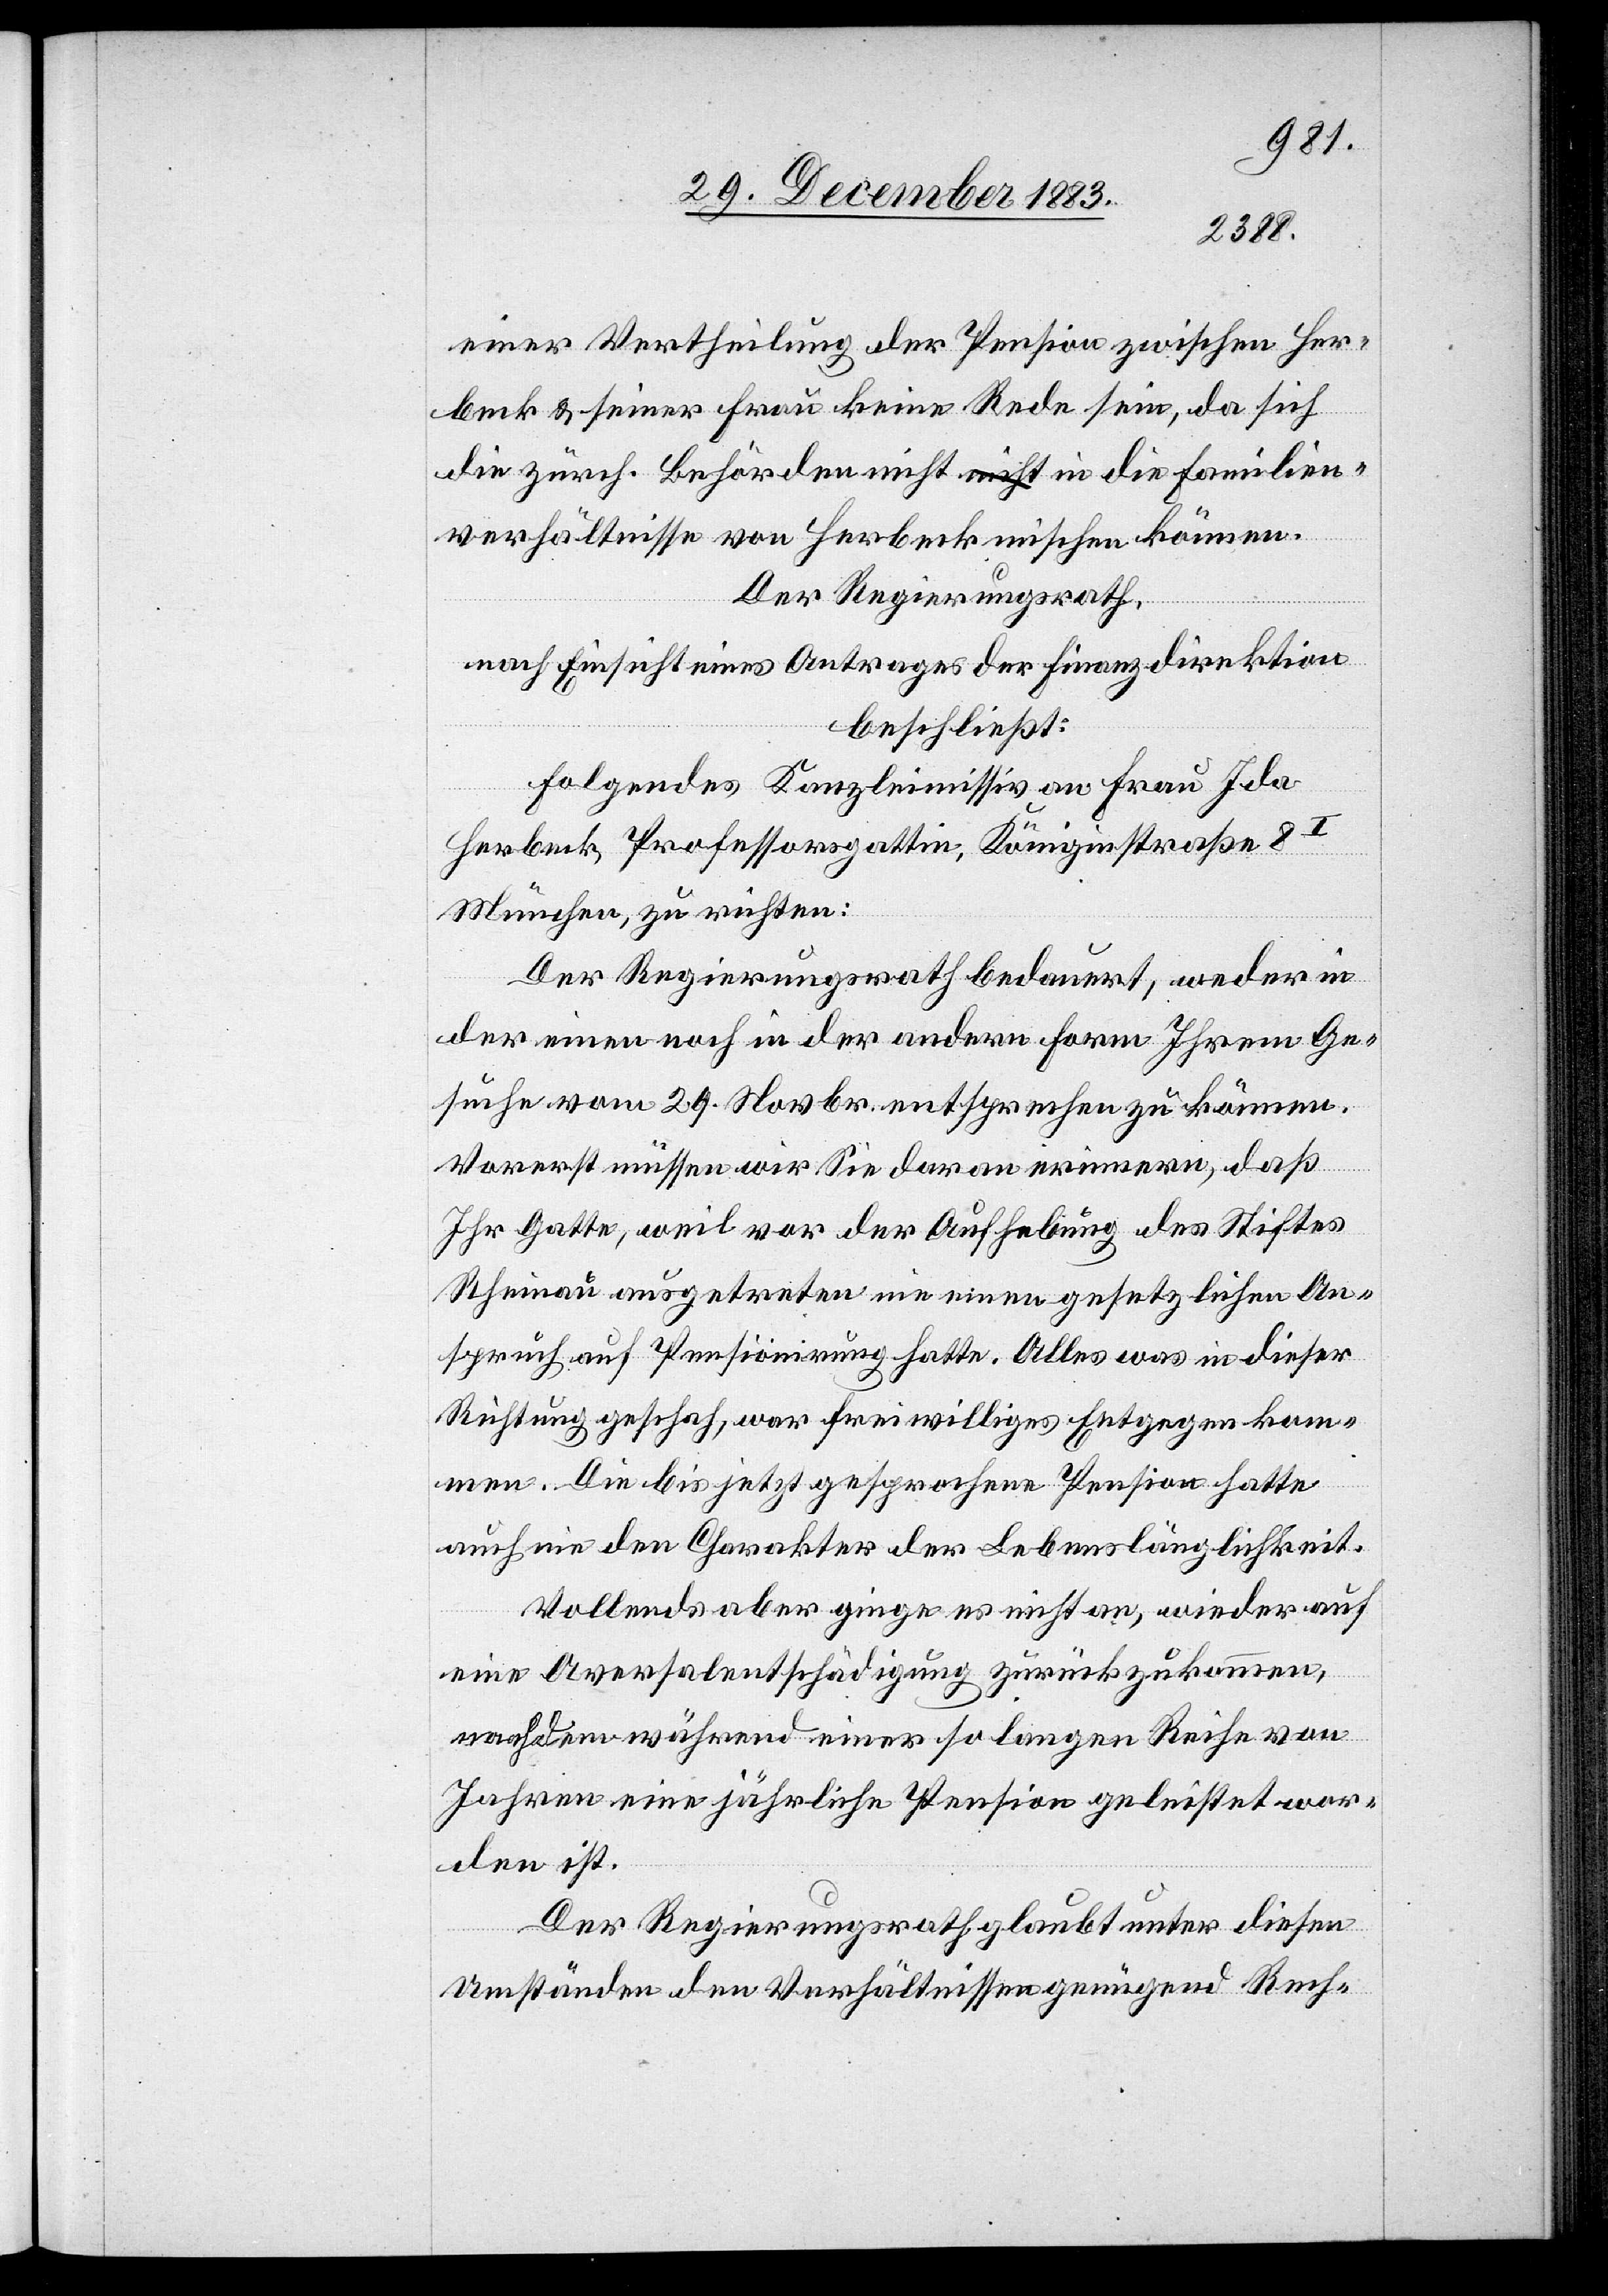
einer Vertheilung der Pension zwischen Her¬
beck & seiner Frau keine Rede sein, da sich
die zürch. Behörden nicht in die Familien¬
verhältnisse von Herbeck mischen können.
Der Regierungsrath,
nach Einsicht eines Antrages der Finanzdirektion
beschließt:
Folgendes Kanzleimissiv an Frau Ida
Herbeck, Professorsgattin, Königinstraße 8I
München, zu richten:
Der Regierungsrath bedauert, weder in
der einen noch in der andern Form Ihrem Ge¬
suche vom 29. Novbr. entsprechen zu können.
Vorerst müssen wir Sie daran erinnern, daß
Ihr Gatte, weil vor der Aufhebung des Stiftes
Rheinau ausgetreten nie einen gesetzlichen An¬
spruch auf Pensionirung hatte. Alles was in dieser
Richtung geschah, war freiwilliges Entgegenkom¬
men. Die bis jetzt gesprochene Pension hatte
auch nie den Charakter der Lebenslänglichkeit.
Vollends aber ginge es nicht an, wieder auf
eine Aversalentschädigung zurückzukommen,
nachdem während einer so langen Reihe von
Jahren eine jährliche Pension geleistet wor¬
den ist.
Der Regierungsrath glaubt unter diesen
Umständen den Verhältnissen genügend Rech-